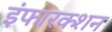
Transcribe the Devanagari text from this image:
इंफारक्शन